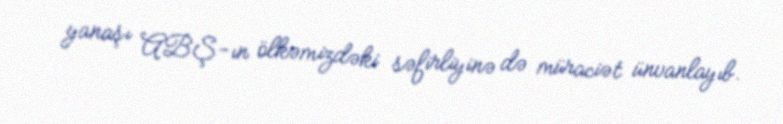
yanaşı ABŞ-ın ölkəmizdəki səfirliyinə də müraciət ünvanlayıb.